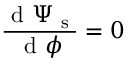
\frac { \textrm { d } \Psi _ { \textrm { s } } } { \textrm { d } \phi } = 0